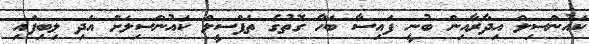
ކައުންސިލް އިދާރާއިން ބުނީ ފައިސާ ބަހާ ގޮތުގެ ތަފްސީލް ކައުންސިލަށް އަދި ލިބިފައި